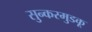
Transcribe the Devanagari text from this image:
सुन्करमुडकू